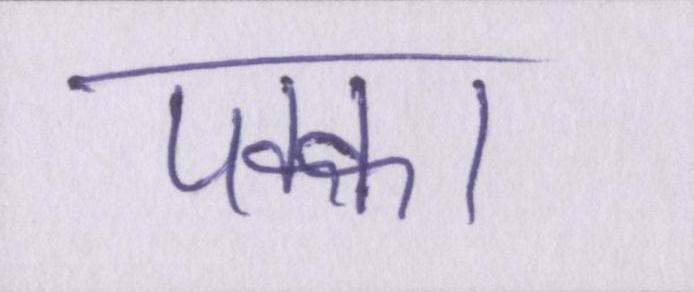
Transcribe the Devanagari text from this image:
पक्का